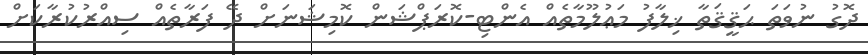
ދޮގު ނުވަތަ ޙަޤީޤަތާ ޚިލާފު މަޢުލޫމާތެއް އެންޓި-ކޮރަޕްޝަން ކޮމިޝަނަށް ދޭ ފަރާތެއް ސިއްރުކުރާކަށް